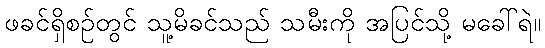
ဖခင်ရှိစဉ်တွင် သူ့မိခင်သည် သမီးကို အပြင်သို့ မခေါ်ရဲ။